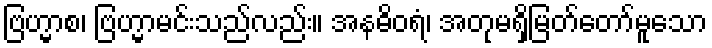
ဗြဟ္မာစ၊ ဗြဟ္မာမင်းသည်လည်း။ အနဓိဝရံ၊ အတုမရှိမြတ်တော်မူသော